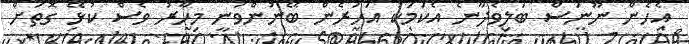
އެހެން ނޫނަސް ބަލިވެދާނެ އެކަމަކު އަހަރެން ބޭނުންވަނީ މިހާރު ވެސް ކުޅޭ ގޮތަށް